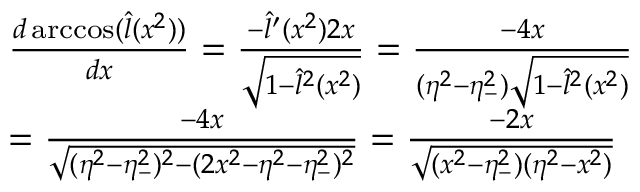
\begin{array} { r l } & { \frac { d \operatorname { a r c c o s } ( \hat { l } ( x ^ { 2 } ) ) } { d x } = \frac { - \hat { l } ^ { \prime } ( x ^ { 2 } ) 2 x } { \sqrt { 1 - \hat { l } ^ { 2 } ( x ^ { 2 } ) } } = \frac { - 4 x } { ( \eta ^ { 2 } - \eta _ { - } ^ { 2 } ) \sqrt { 1 - \hat { l } ^ { 2 } ( x ^ { 2 } ) } } } \\ & { = \frac { - 4 x } { \sqrt { ( \eta ^ { 2 } - \eta _ { - } ^ { 2 } ) ^ { 2 } - ( 2 x ^ { 2 } - \eta ^ { 2 } - \eta _ { - } ^ { 2 } ) ^ { 2 } } } = \frac { - 2 x } { \sqrt { ( x ^ { 2 } - \eta _ { - } ^ { 2 } ) ( \eta ^ { 2 } - x ^ { 2 } ) } } } \end{array}